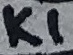
Text: K1